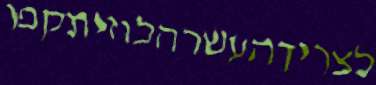
לצריךהעשרהלוזיתקפו